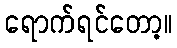
ရောက်ရင်တော့။